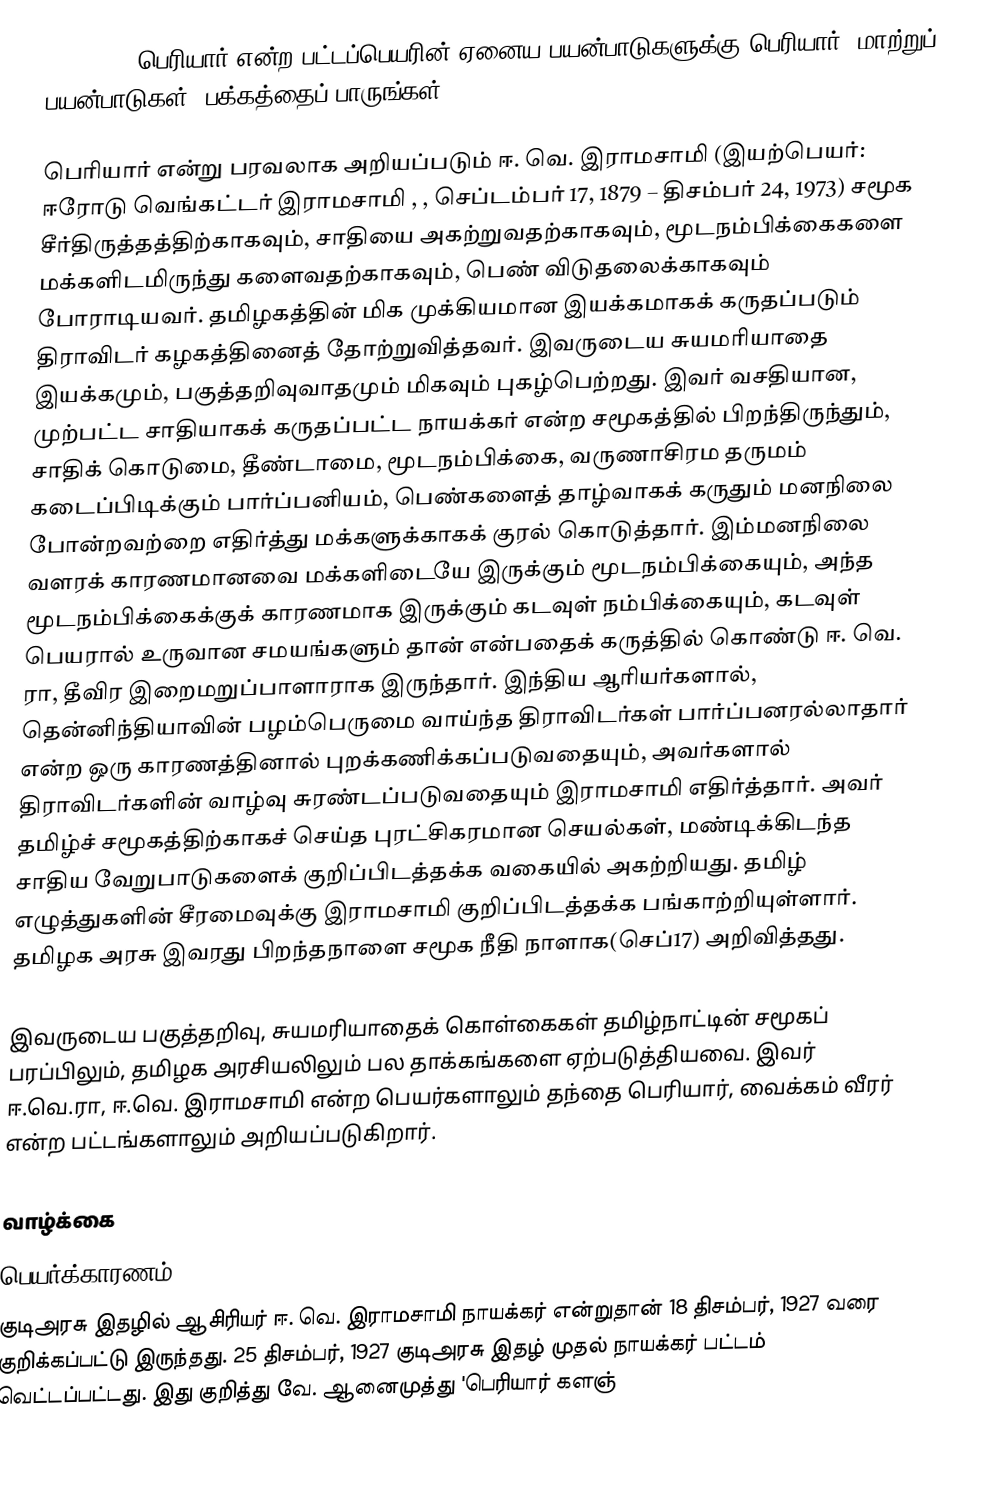
{{dablink|பெரியார் என்ற பட்டப்பெயரின் ஏனைய பயன்பாடுகளுக்கு பெரியார் (மாற்றுப் பயன்பாடுகள்) பக்கத்தைப் பாருங்கள்.}}

பெரியார் என்று பரவலாக அறியப்படும் ஈ. வெ. இராமசாமி (இயற்பெயர்: ஈரோடு வெங்கட்டர் இராமசாமி , , செப்டம்பர் 17, 1879 – திசம்பர் 24, 1973) சமூக சீர்திருத்தத்திற்காகவும், சாதியை அகற்றுவதற்காகவும், மூடநம்பிக்கைகளை மக்களிடமிருந்து களைவதற்காகவும், பெண் விடுதலைக்காகவும் போராடியவர். தமிழகத்தின் மிக முக்கியமான இயக்கமாகக் கருதப்படும் திராவிடர் கழகத்தினைத் தோற்றுவித்தவர். இவருடைய சுயமரியாதை இயக்கமும், பகுத்தறிவுவாதமும் மிகவும் புகழ்பெற்றது. இவர் வசதியான, முற்பட்ட சாதியாகக் கருதப்பட்ட நாயக்கர் என்ற சமூகத்தில் பிறந்திருந்தும், சாதிக் கொடுமை, தீண்டாமை, மூடநம்பிக்கை, வருணாசிரம தருமம் கடைப்பிடிக்கும் பார்ப்பனியம், பெண்களைத் தாழ்வாகக் கருதும் மனநிலை போன்றவற்றை எதிர்த்து மக்களுக்காகக் குரல் கொடுத்தார். இம்மனநிலை வளரக் காரணமானவை மக்களிடையே இருக்கும் மூடநம்பிக்கையும், அந்த மூடநம்பிக்கைக்குக் காரணமாக இருக்கும் கடவுள் நம்பிக்கையும், கடவுள் பெயரால் உருவான சமயங்களும் தான் என்பதைக் கருத்தில் கொண்டு  ஈ. வெ. ரா, தீவிர இறைமறுப்பாளாராக இருந்தார். இந்திய ஆரியர்களால், தென்னிந்தியாவின் பழம்பெருமை வாய்ந்த திராவிடர்கள் பார்ப்பனரல்லாதார் என்ற ஒரு காரணத்தினால் புறக்கணிக்கப்படுவதையும், அவர்களால் திராவிடர்களின் வாழ்வு சுரண்டப்படுவதையும் இராமசாமி எதிர்த்தார். அவர் தமிழ்ச் சமூகத்திற்காகச் செய்த புரட்சிகரமான செயல்கள், மண்டிக்கிடந்த சாதிய வேறுபாடுகளைக் குறிப்பிடத்தக்க வகையில் அகற்றியது. தமிழ் எழுத்துகளின் சீரமைவுக்கு இராமசாமி குறிப்பிடத்தக்க பங்காற்றியுள்ளார். தமிழக அரசு இவரது பிறந்தநாளை சமூக நீதி நாளாக(செப்17) அறிவித்தது.

இவருடைய பகுத்தறிவு, சுயமரியாதைக் கொள்கைகள் தமிழ்நாட்டின் சமூகப் பரப்பிலும், தமிழக அரசியலிலும் பல தாக்கங்களை ஏற்படுத்தியவை. இவர் ஈ.வெ.ரா, ஈ.வெ. இராமசாமி  என்ற பெயர்களாலும் தந்தை பெரியார், வைக்கம் வீரர் என்ற பட்டங்களாலும் அறியப்படுகிறார்.

 வாழ்க்கை
 பெயர்க்காரணம்
குடிஅரசு இதழில் ஆசிரியர் ஈ. வெ. இராமசாமி நாயக்கர் என்றுதான் 18 திசம்பர், 1927 வரை குறிக்கப்பட்டு இருந்தது. 25 திசம்பர், 1927 குடிஅரசு இதழ் முதல் நாயக்கர் பட்டம் வெட்டப்பட்டது. இது குறித்து வே. ஆனைமுத்து 'பெரியார் களஞ்